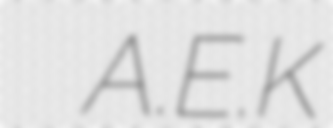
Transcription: ΠΑΕ A.E.K